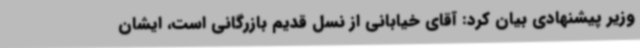
وزیر پیشنهادی بیان کرد: آقای خیابانی از نسل قدیم بازرگانی است، ایشان